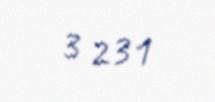
3 231